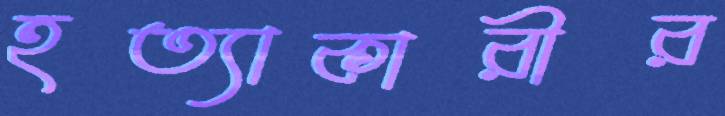
হত্যাকারীর